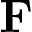
\mathbf { F }